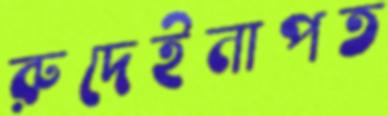
রুদেইনাপত